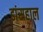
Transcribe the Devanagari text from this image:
डांसहाल